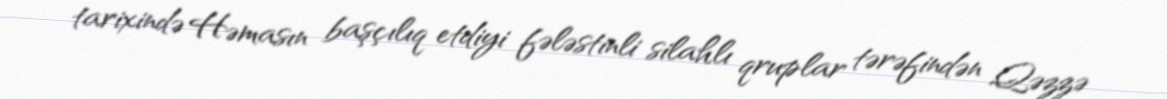
tarixində Həmasın başçılıq etdiyi fələstinli silahlı qruplar tərəfindən Qəzzə